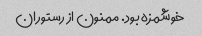
خوشمزه بود. ممنون از رستوران